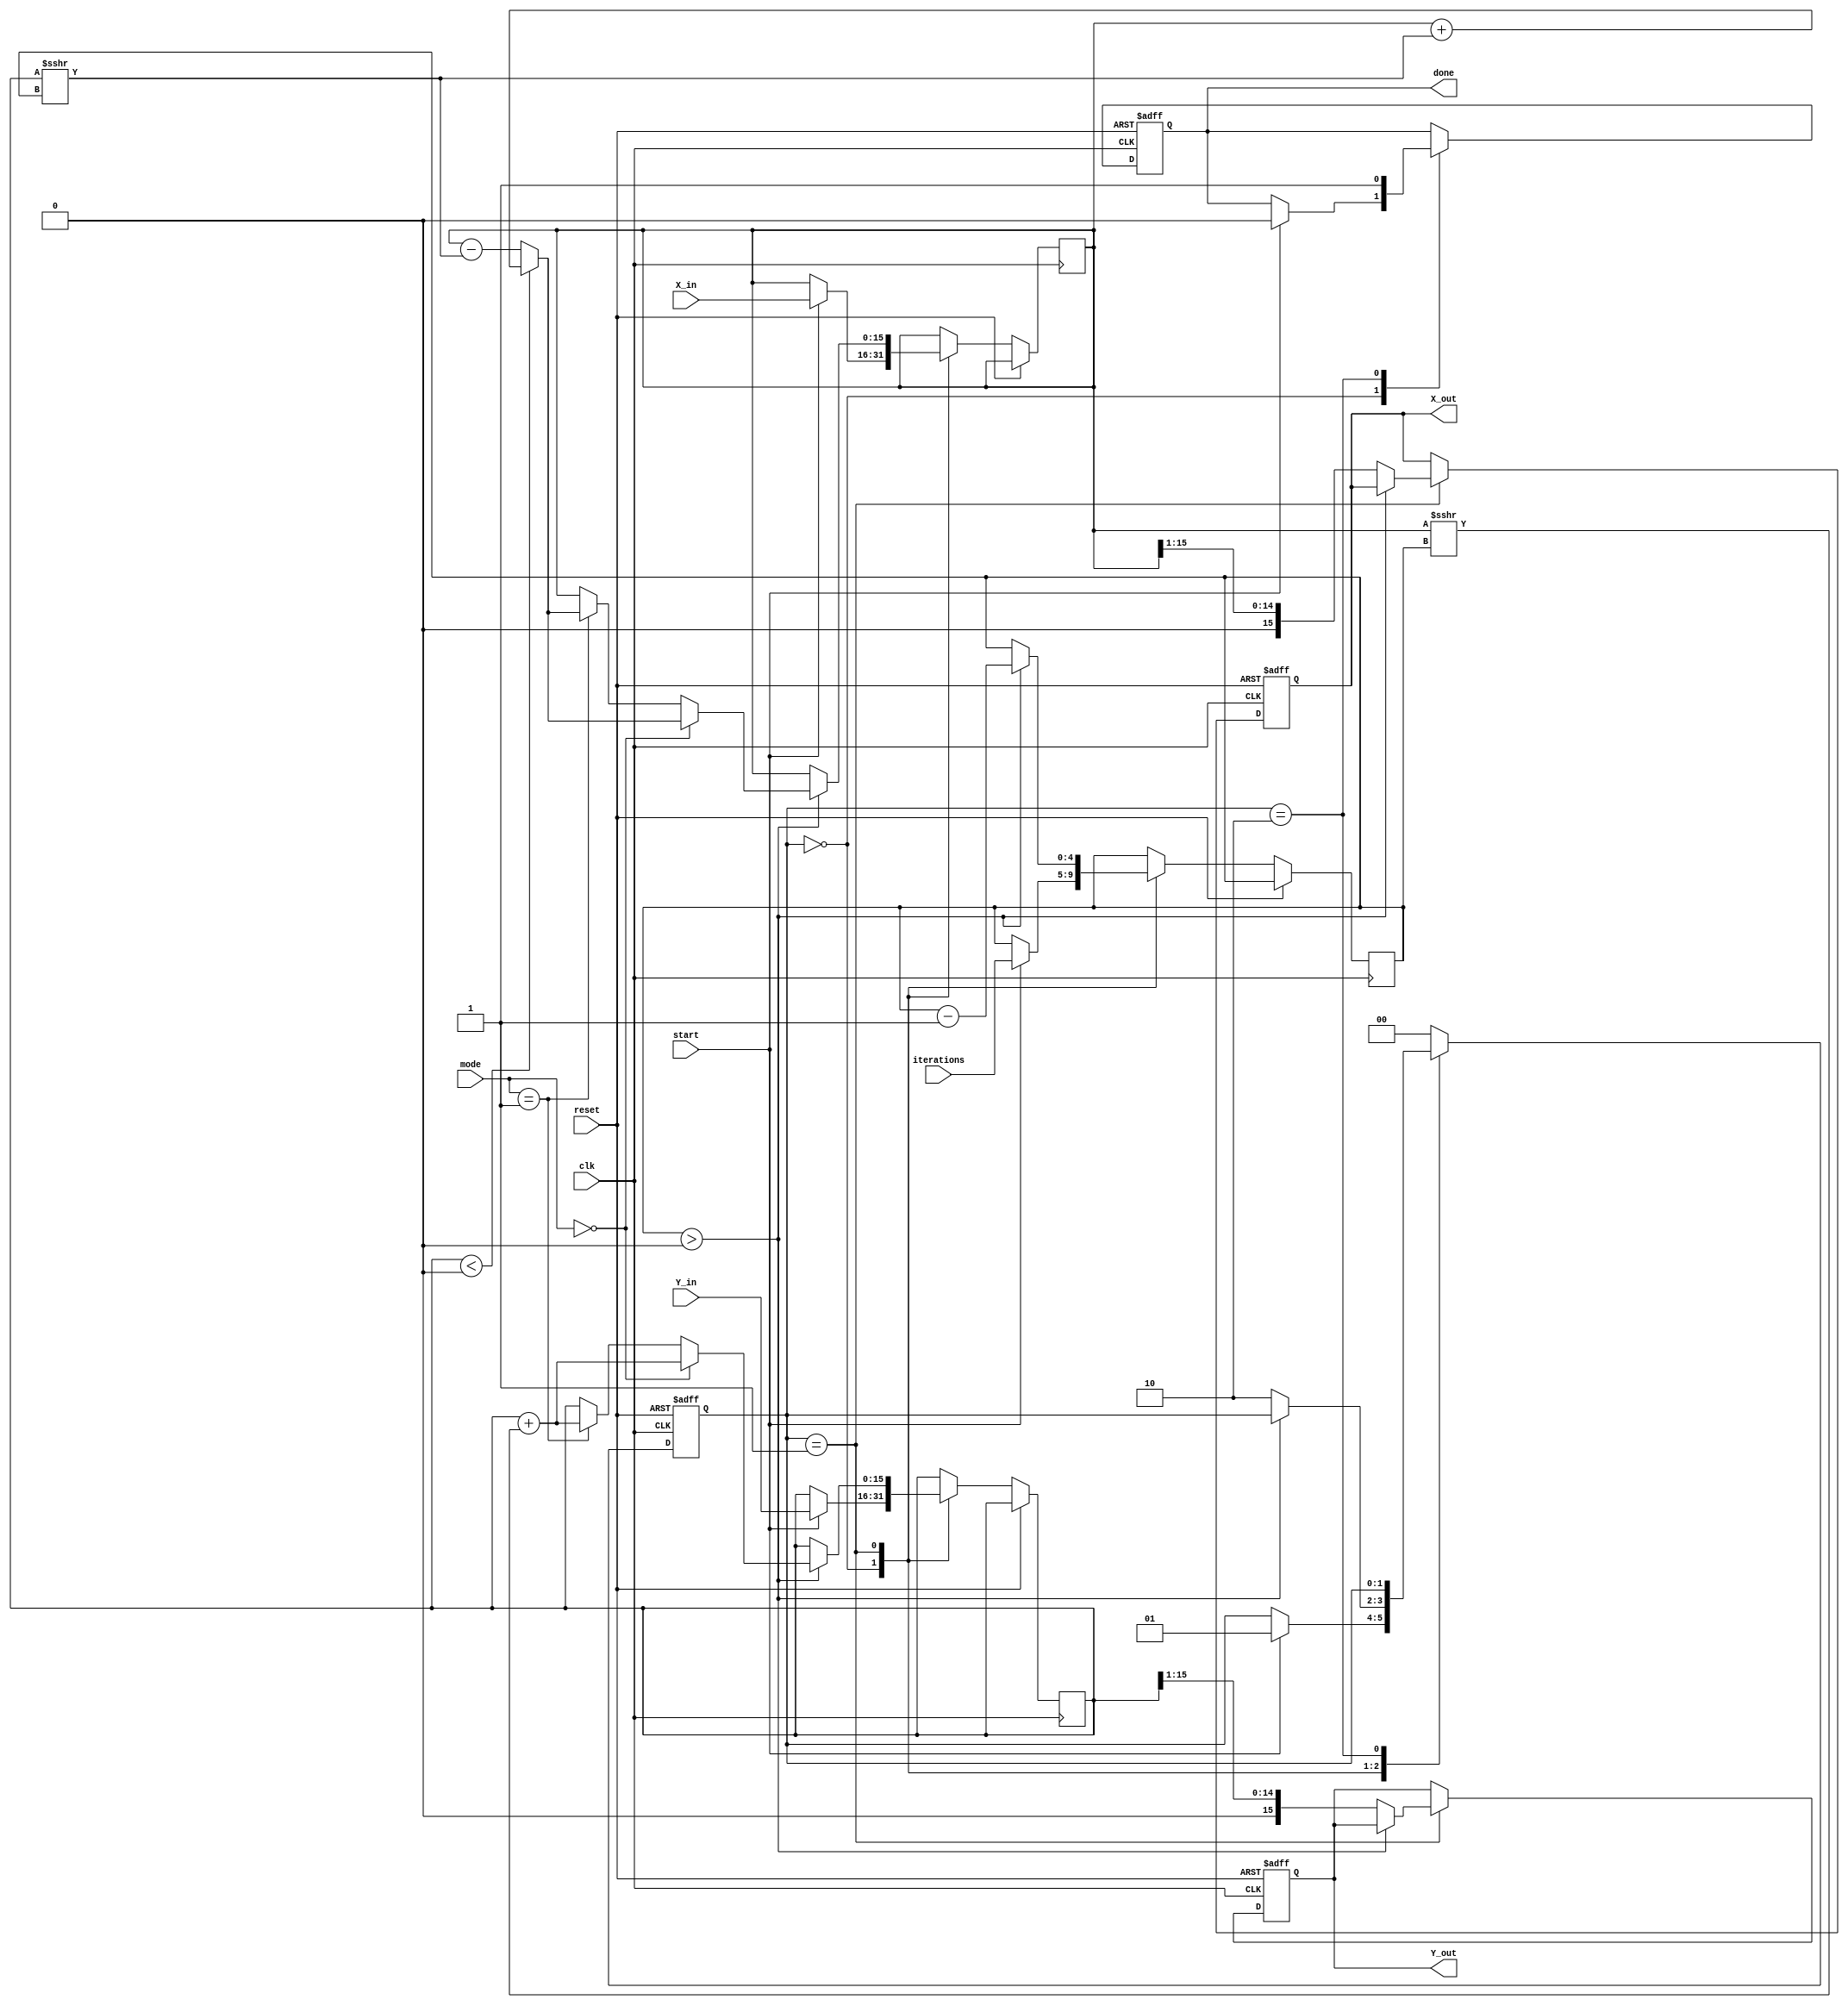
module complex_cordic (
    input wire clk,
    input wire reset,
    input wire start,
    input wire [15:0] X_in,
    input wire [15:0] Y_in,
    input wire [2:0] mode, // 0: rotation, 1: vectoring
    input wire [4:0] iterations, // Number of iterations
    output reg [15:0] X_out,
    output reg [15:0] Y_out,
    output reg done
);

    // Internal Registers
    reg [15:0] X_reg, Y_reg;
    reg [15:0] angle_lut [0:15]; // Lookup table for arctangent values
    reg [4:0] iter_count;
    reg [1:0] state; // FSM state
    parameter IDLE = 2'b00, RUNNING = 2'b01, DONE = 2'b10;

    // Initialize LUT with precomputed angles (in fixed-point format)
    initial begin
        angle_lut[0] = 16'h2000; // atan(2^0)
        angle_lut[1] = 16'h1000; // atan(2^-1)
        angle_lut[2] = 16'h0800; // atan(2^-2)
        angle_lut[3] = 16'h0400; // atan(2^-3)
        angle_lut[4] = 16'h0200; // atan(2^-4)
        angle_lut[5] = 16'h0100; // atan(2^-5)
        angle_lut[6] = 16'h0080; // atan(2^-6)
        angle_lut[7] = 16'h0040; // atan(2^-7)
        angle_lut[8] = 16'h0020; // atan(2^-8)
        angle_lut[9] = 16'h0010; // atan(2^-9)
        angle_lut[10] = 16'h0008; // atan(2^-10)
        angle_lut[11] = 16'h0004; // atan(2^-11)
        angle_lut[12] = 16'h0002; // atan(2^-12)
        angle_lut[13] = 16'h0001; // atan(2^-13)
        angle_lut[14] = 16'h0001; // atan(2^-14)
        angle_lut[15] = 16'h0000; // atan(2^-15)
    end

    // FSM to control the CORDIC operation
    always @(posedge clk or posedge reset) begin
        if (reset) begin
            state <= IDLE;
            done <= 0;
            X_out <= 0;
            Y_out <= 0;
        end else begin
            case (state)
                IDLE: begin
                    if (start) begin
                        // Initialize registers
                        X_reg <= X_in;
                        Y_reg <= Y_in;
                        iter_count <= iterations;
                        state <= RUNNING;
                        done <= 0;
                    end
                end

                RUNNING: begin
                    if (iter_count > 0) begin
                        // CORDIC Iteration Logic
                        if (mode == 0) begin
                            // Rotation Mode
                            if (Y_reg < 0) begin
                                X_reg <= X_reg + (Y_reg >>> iter_count);
                                Y_reg <= Y_reg + (X_reg >>> iter_count);
                            end else begin
                                X_reg <= X_reg - (Y_reg >>> iter_count);
                                Y_reg <= Y_reg + (X_reg >>> iter_count);
                            end
                        end else if (mode == 1) begin
                            // Vectoring Mode
                            if (Y_reg < 0) begin
                                X_reg <= X_reg + (Y_reg >>> iter_count);
                                Y_reg <= Y_reg + (X_reg >>> iter_count);
                            end else begin
                                X_reg <= X_reg - (Y_reg >>> iter_count);
                                Y_reg <= Y_reg + (X_reg >>> iter_count);
                            end
                        end
                        iter_count <= iter_count - 1;
                    end else begin
                        // Apply scaling factor (approximation)
                        X_out <= X_reg >>> 1; // Example scaling
                        Y_out <= Y_reg >>> 1; // Example scaling
                        state <= DONE;
                    end
                end

                DONE: begin
                    done <= 1; // Indicate completion
                end

                default: state <= IDLE;
            endcase
        end
    end
endmodule